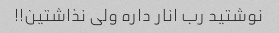
نوشتید رب انار داره ولی نذاشتین!!